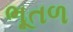
ભૂતળ